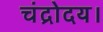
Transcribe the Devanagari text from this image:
चंद्रोदय।